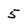
Character: 5